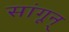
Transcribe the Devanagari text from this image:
सांगून्